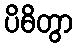
ပိဓိတွာ